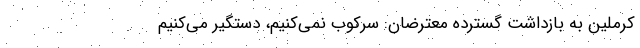
کرملین به بازداشت گسترده معترضان: سرکوب نمی‌کنیم، دستگیر می‌کنیم